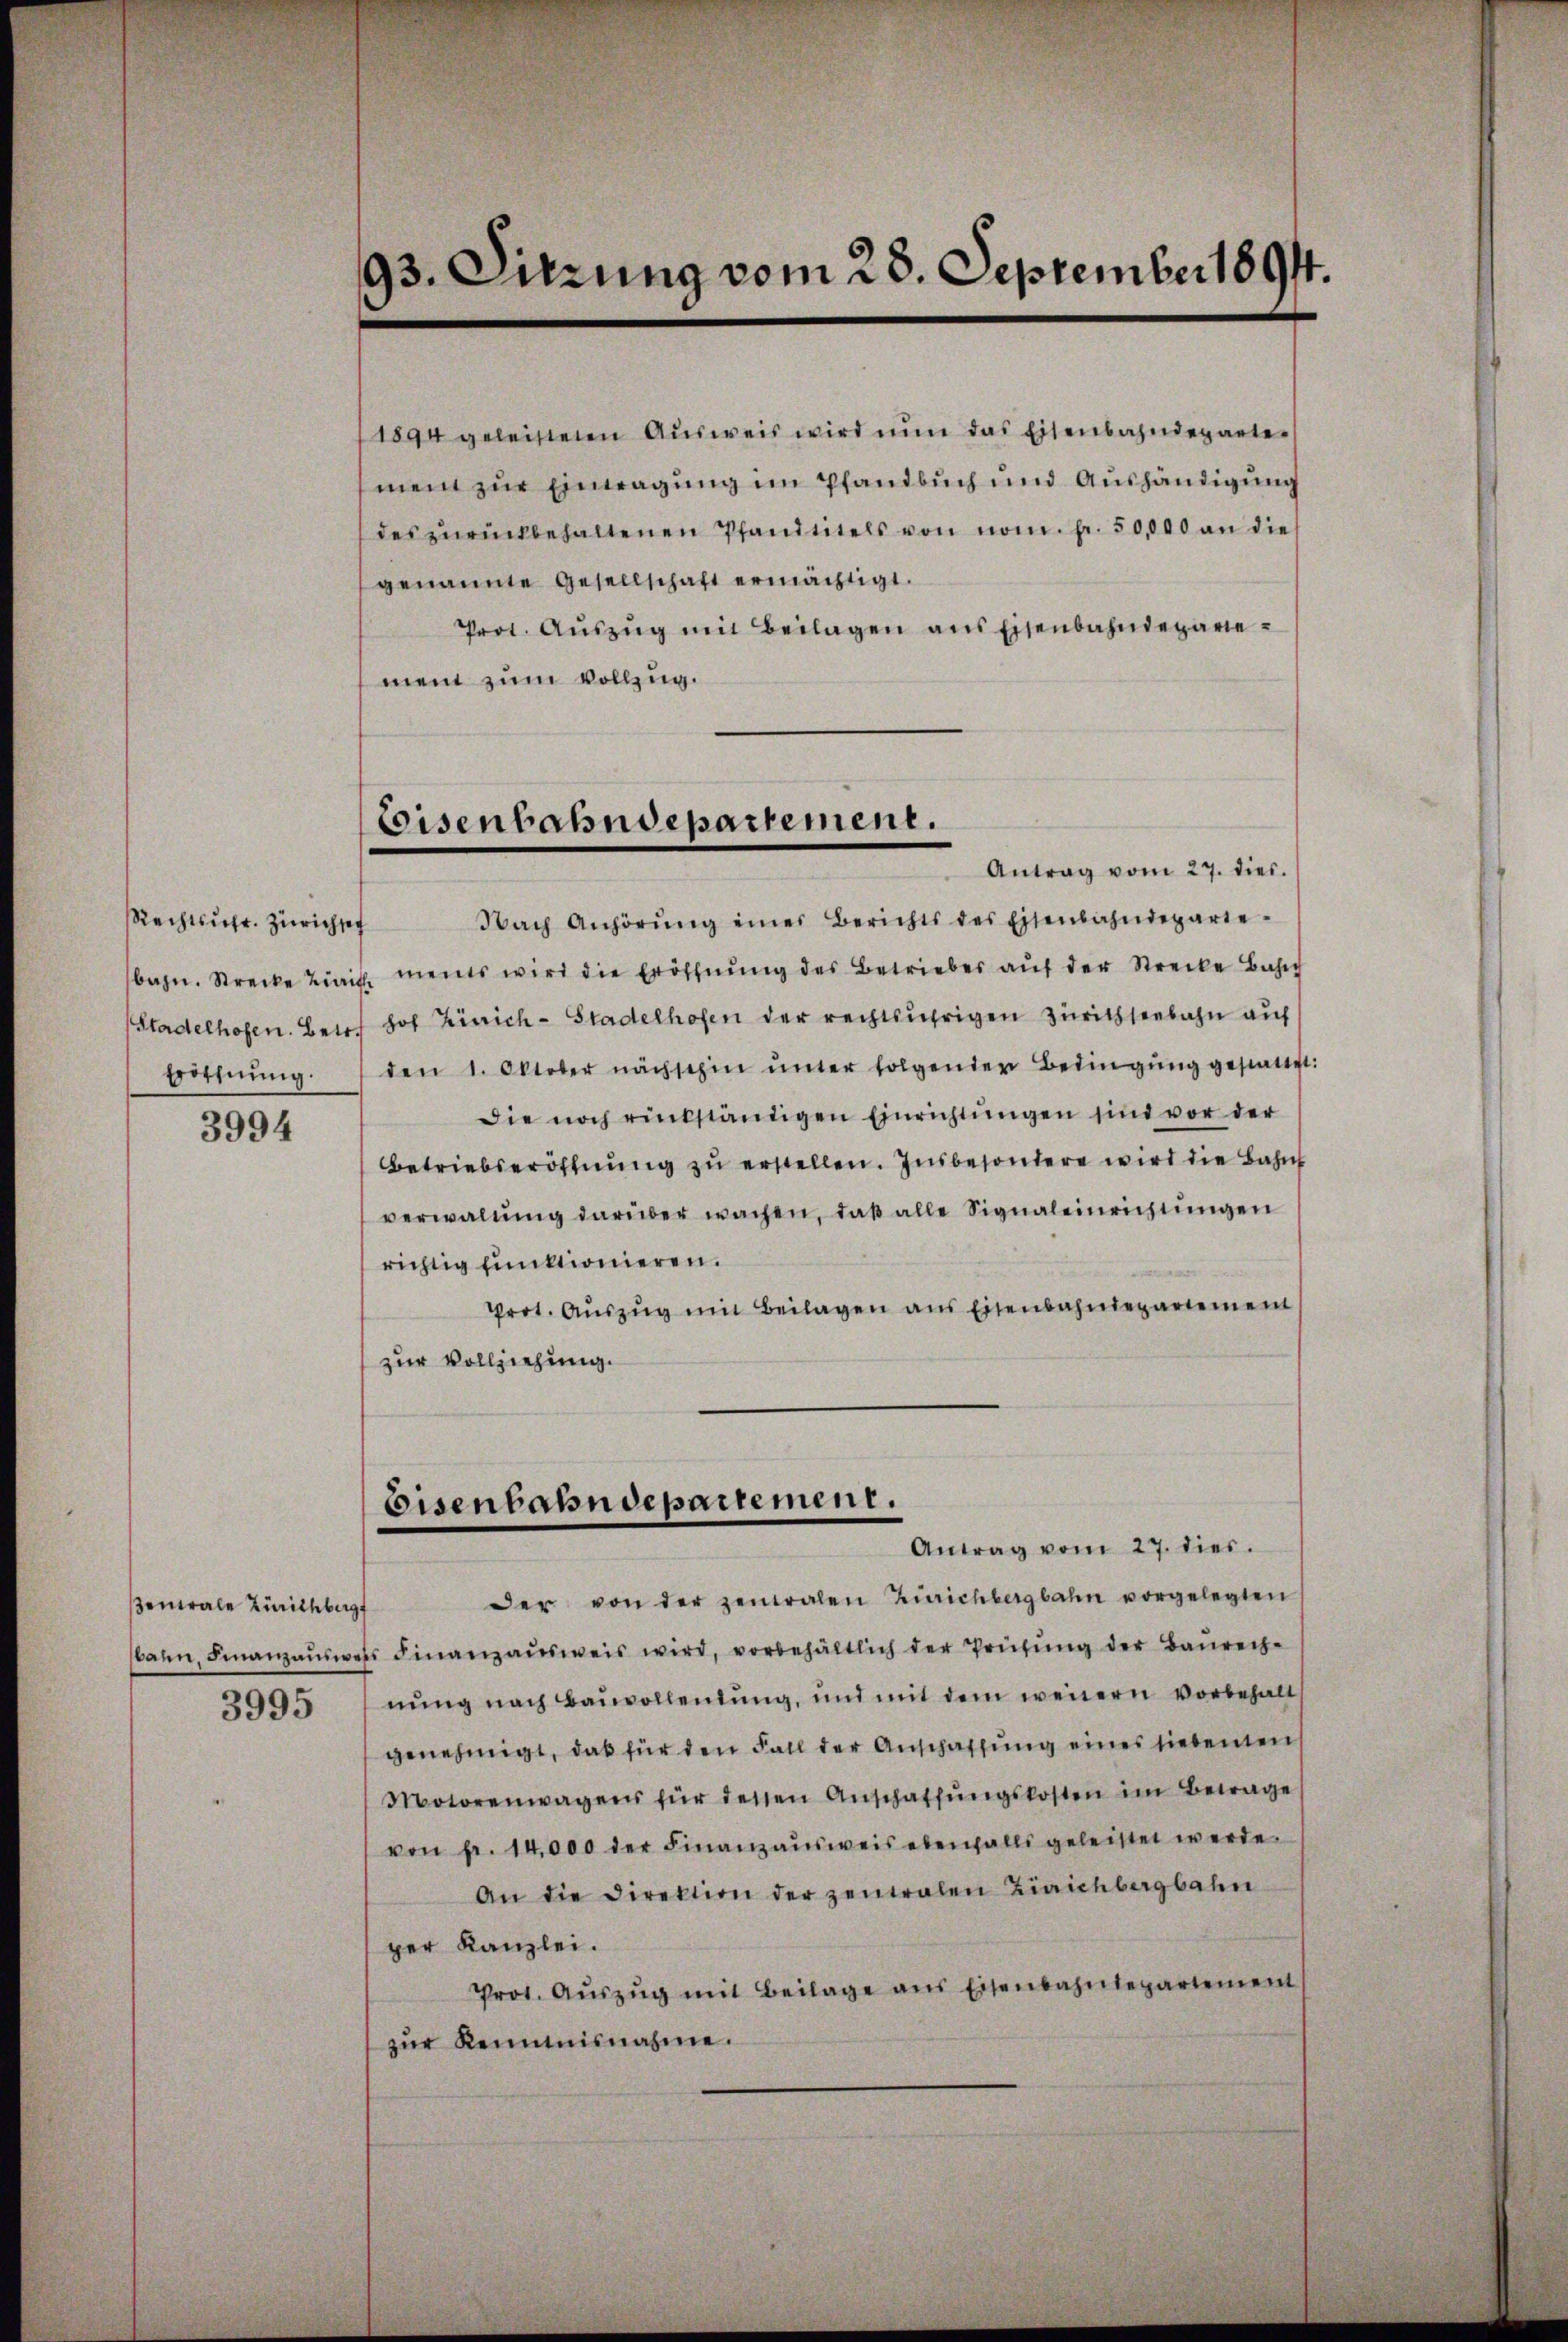
Rechtsŭhr. Zürichten
bahn. Strecke Lini
Stadelhofen. Bett.
Bothnung.

3994

sentale Zürichberg
3995

93. Sitzung vom 28. September 1891.

Eisenbahndepartement.

Eisenbahndepartement.
Antrag vom 27. dies.

1894 geleisteten Aŭsweis wird nun das Eisenbahndeparte
ment zur Einwagung im Pfandbuch und Aushändigung
des zŭrückbehaltenen Pfandtitels von nom. fr. 50,000 an die
genannte Gesellschaft ermächtigt.
Prot. Aŭszŭg mit Beilagen ans Eisenbahndeparie-
ment zum Vollzug.
Antrag vom 27. dies.
Nach Anhörŭng eines Berichts des Eisenbahndeparie-
E ments wird die Eröffnŭng des Betriebes aŭf der Strecke Bahn
hof Zürich-Stadelhofen der rechtsührigen Zürichseebahn auf
den 1. Oktober nachsehen ŭnter folgender Bedingŭng gestattet:
Die noch rükständigen Einrichtŭngen sind vor der
Betriebseröffnung zu erstellen. Insbesondere wird die Bahn
verwaltŭng darüber wachen, daß alle Signaleinrichtungen
richtig funktionieren.
Prot. Aŭszŭg mit Beilagen ans Eisenbahndepartement
zur Vollziehung.

der von der zentralen Zürichbergbahn vorgelegten
sbann, Finanzaŭsweis Finanzaŭsweis wird, vorbehältlich der Prüfŭng der Baurech-
nŭng nach Bauvollendŭng, und mit dem weṅern vorbehalt
genehmigt, daß für den Fall der Anschaffung eines liebenten
Motorenwagens für dessen Anschaffŭngskosten im Betrage
von fr. 14,000 der Finanzaŭsweis ebenfalls geleistet werde.
An die Direktion der zentralen Zürichbergbahn
per Kanzlei.
Prot. Aŭszŭg mit Beilage ans Eisenbahndepartement
zur Reimisnahme.